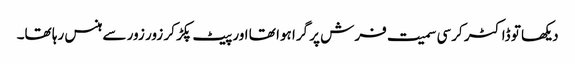
دیکھا تو ڈاکٹر کرسی سمیت فرش پر گرا ہوا تھا اور پیٹ پکڑ کر زور زور سے ہنس رہا تھا۔